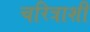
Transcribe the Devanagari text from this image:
चरित्राशी